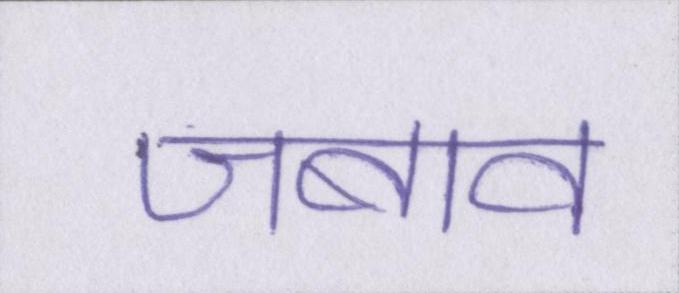
जबाव